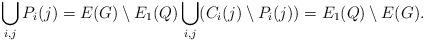
LaTeX: \begin{align*}\bigcup_{i,j} P_i(j) = E(G) \setminus E_1(Q) \bigcup_{i,j} (C_i(j) \setminus P_i(j)) = E_1(Q) \setminus E(G).\end{align*}